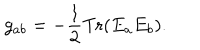
g _ { a b } = - { \frac { 1 } { 2 } } \mathrm { T r } ( E _ { a } E _ { b } ) .